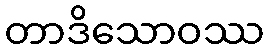
တာဒိသောဝဿ